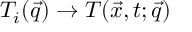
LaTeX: T _ { i } ( \vec { q } ) \to T ( \vec { x } , t ; \vec { q } )